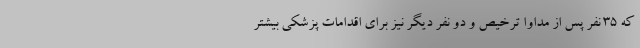
که ۳۵ نفر پس از مداوا ترخیص و دو نفر دیگر نیز برای اقدامات پزشکی بیشتر